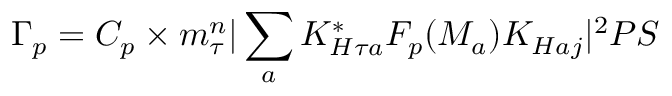
\Gamma _ { p } = C _ { p } \times m _ { \tau } ^ { n } | \sum _ { a } K _ { H \tau a } ^ { * } F _ { p } ( M _ { a } ) K _ { H a j } | ^ { 2 } P S